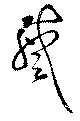
蹙